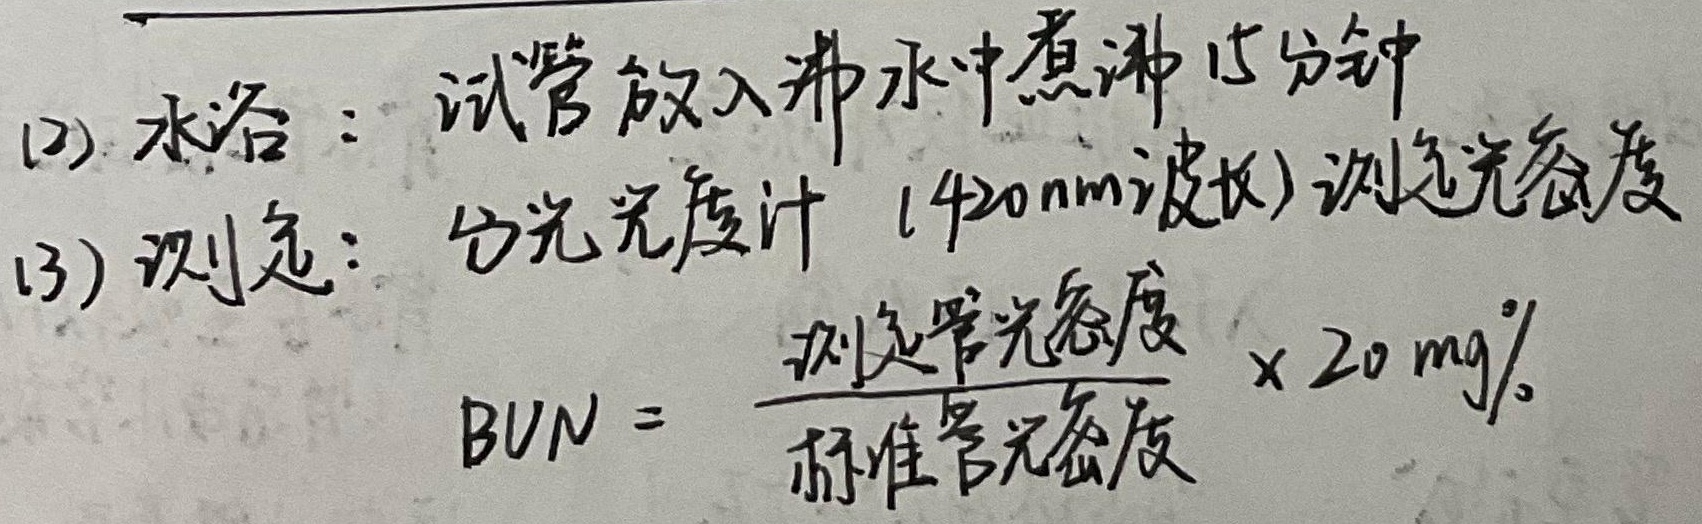
(2) 水浴：试管放入沸水中煮沸15分钟
(3) 测定：分光光度计（420nm波长）测定光密度

\[
\text{BUN} = \frac{\text{测定管光密度}}{\text{标准管光密度}} \times 20\ \text{mg}\%
\]